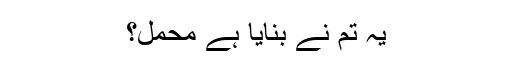
یہ تم نے بنایا ہے محمل؟